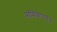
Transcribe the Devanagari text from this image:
नासिकापर्यंत